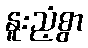
နူးညံ့စွာ